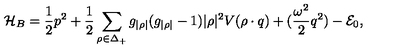
{ \cal H } _ { B } = { \frac { 1 } { 2 } } p ^ { 2 } + { \frac { 1 } { 2 } } \sum _ { \rho \in \Delta _ { + } } g _ { | \rho | } ( g _ { | \rho | } - 1 ) | \rho | ^ { 2 } V ( \rho \cdot q ) + ( { \frac { \omega ^ { 2 } } { 2 } } q ^ { 2 } ) - { \cal E } _ { 0 } ,